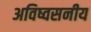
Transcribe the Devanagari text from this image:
अविष्वसनीय